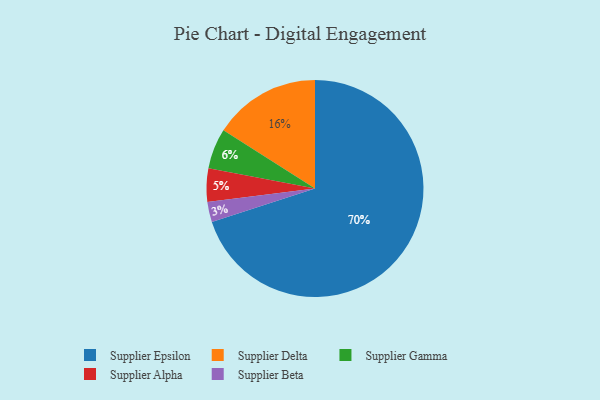
{"axis": {"x": "Category", "y": "Percentage"}, "legend": ["Supplier Alpha", "Supplier Beta", "Supplier Delta", "Supplier Epsilon", "Supplier Gamma"], "data": [{"x": "Supplier Gamma", "y": 6, "type": "Supplier Gamma"}, {"x": "Supplier Epsilon", "y": 70, "type": "Supplier Epsilon"}, {"x": "Supplier Alpha", "y": 5, "type": "Supplier Alpha"}, {"x": "Supplier Beta", "y": 3, "type": "Supplier Beta"}, {"x": "Supplier Delta", "y": 16, "type": "Supplier Delta"}]}